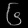
Digit: ၆